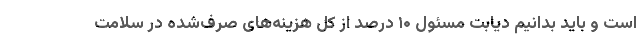
است و باید بدانیم دیابت مسئول ۱۰ درصد از کل هزینه‌های صرف‌شده در سلامت